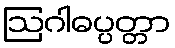
ဩဂါဓပ္ပတ္တာ